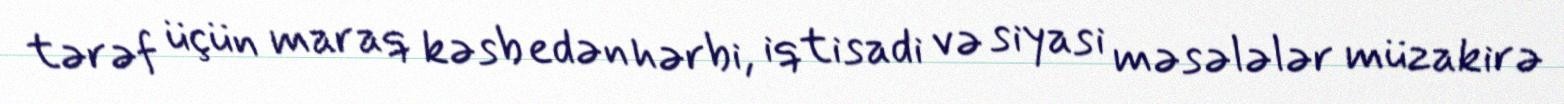
tərəf üçün maraq kəsb edən hərbi, iqtisadi və siyasi məsələlər müzakirə